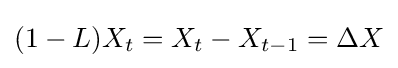
(1-L)X_{t}=X_{t}-X_{t-1}=\Delta X